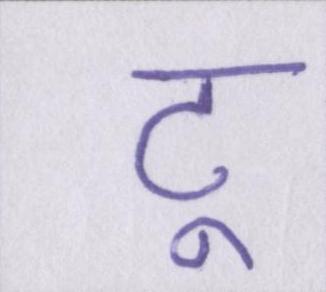
टू